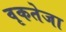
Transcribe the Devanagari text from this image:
वृकतेजा